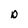
Character: D